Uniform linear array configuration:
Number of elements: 24
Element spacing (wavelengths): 0.5
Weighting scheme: blackman
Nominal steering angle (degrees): -45
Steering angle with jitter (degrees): -44.972
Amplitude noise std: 0.05
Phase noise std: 0.05

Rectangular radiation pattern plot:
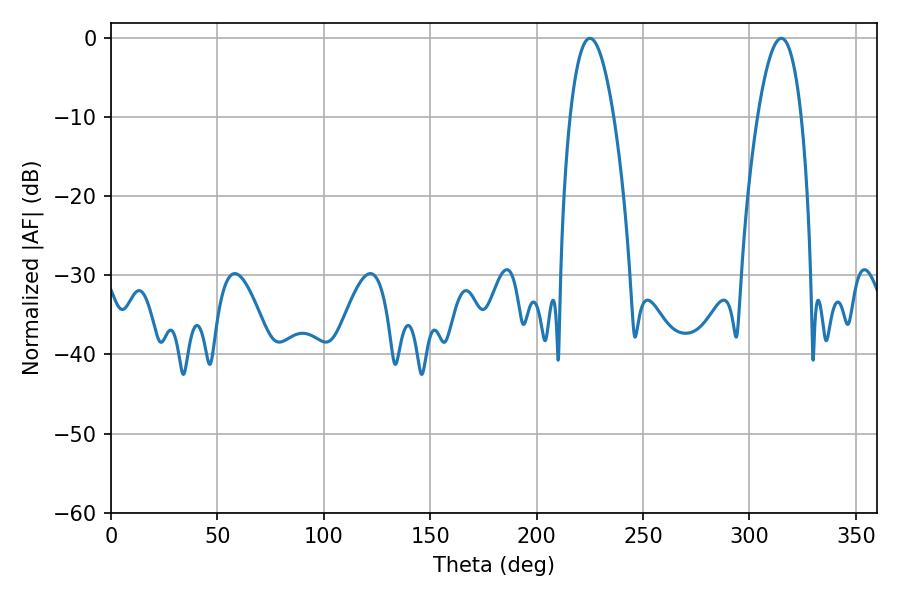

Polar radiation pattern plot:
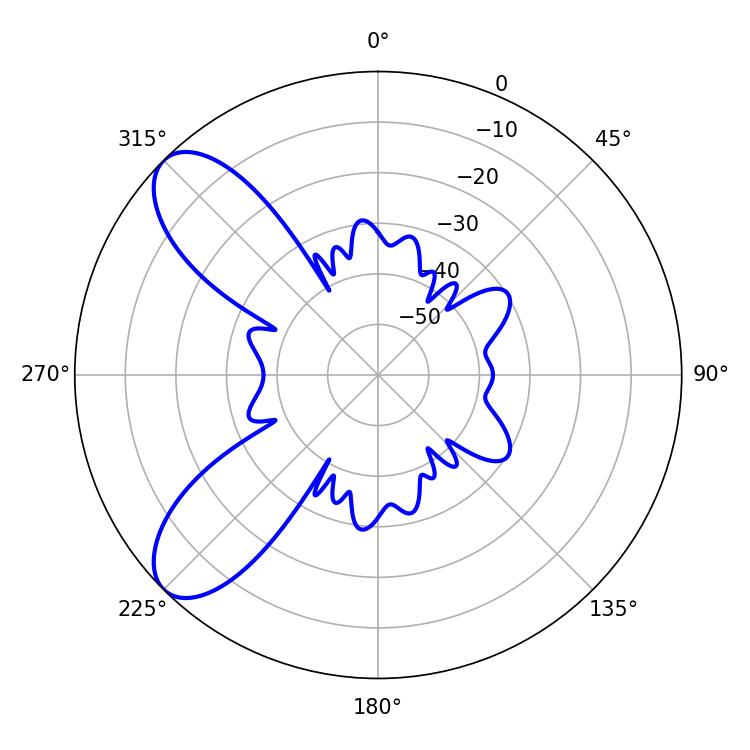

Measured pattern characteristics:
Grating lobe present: FALSE
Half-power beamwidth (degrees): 11.34
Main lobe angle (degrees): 225